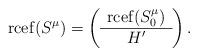
LaTeX: \begin{align*}\operatorname{rcef}(S^\mu) = \left( \begin{array}{c} \operatorname{rcef}(S^\mu_0) \\ \hline H' \end{array} \right).\end{align*}